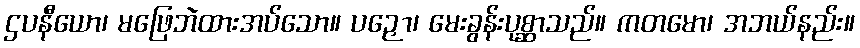
ဌပနီယော၊ မဖြေဘဲထားအပ်သော။ ပဉှော၊ မေးခွန်းပုစ္ဆာသည်။ ကတမော၊ အဘယ်နည်း။